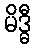
မိဒ္ဓီ